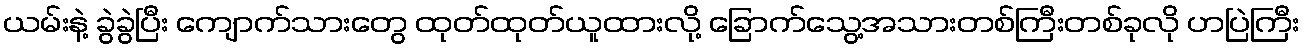
ယမ်းနဲ့ ခွဲခွဲပြီး ကျောက်သားတွေ ထုတ်ထုတ်ယူထားလို့ ခြောက်သွေ့အသားတစ်ကြီးတစ်ခုလို ဟပြဲကြီး